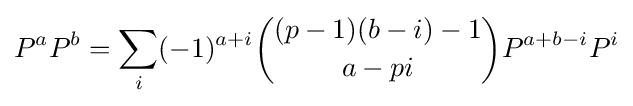
P^{a}P^{b}=\sum _{i}(-1)^{a+i}{(p-1)(b-i)-1 \choose a-pi}P^{a+b-i}P^{i}